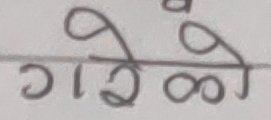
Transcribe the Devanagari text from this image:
गरेको